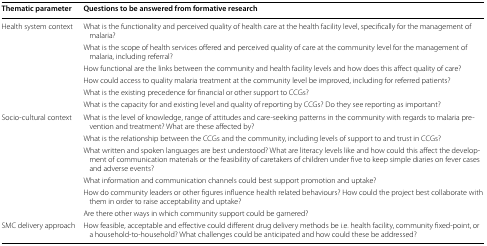
<table><thead><tr><td><b>Thematic parameter</b></td><td><b>Questions to be answered from formative research</b></td></tr></thead><tbody><tr><td rowspan="6">Health system context</td><td>What is the functionality and perceived quality of health care at the health facility level, specifically for the management of malaria?</td></tr><tr><td>What is the scope of health services offered and perceived quality of care at the community level for the management of malaria, including referral?</td></tr><tr><td>How functional are the links between the community and health facility levels and how does this affect quality of care?</td></tr><tr><td>How could access to quality malaria treatment at the community level be improved, including for referred patients?</td></tr><tr><td>What is the existing precedence for financial or other support to CCGs?</td></tr><tr><td>What is the capacity for and existing level and quality of reporting by CCGs? Do they see reporting as important?</td></tr><tr><td rowspan="6">Socio-cultural context</td><td>What is the level of knowledge, range of attitudes and care-seeking patterns in the community with regards to malaria prevention and treatment? What are these affected by?</td></tr><tr><td>What is the relationship between the CCGs and the community, including levels of support to and trust in CCGs?</td></tr><tr><td>What written and spoken languages are best understood? What are literacy levels like and how could this affect the development of communication materials or the feasibility of caretakers of children under five to keep simple diaries on fever cases and adverse events?</td></tr><tr><td>What information and communication channels could best support promotion and uptake?</td></tr><tr><td>How do community leaders or other figures influence health related behaviours? How could the project best collaborate with them in order to raise acceptability and uptake?</td></tr><tr><td>Are there other ways in which community support could be garnered?</td></tr><tr><td>SMC delivery approach</td><td>How feasible, acceptable and effective could different drug delivery methods be i.e. health facility, community fixed-point, or a household-to-household? What challenges could be anticipated and how could these be addressed?</td></tr></tbody></table>